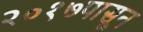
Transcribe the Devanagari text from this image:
२०१७पासून